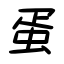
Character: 蛋